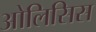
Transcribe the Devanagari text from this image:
ओलिसिस